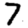
Digit: 7